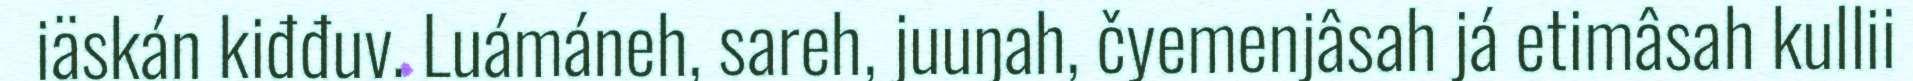
iäskán kiđđuv. Luámáneh, sareh, juuŋah, čyemenjâsah já etimâsah kullii